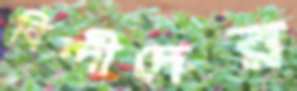
বিন্দীদের